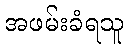
အဖမ်းခံရသူ